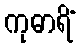
ကုဓာရိံ